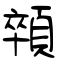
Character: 顇